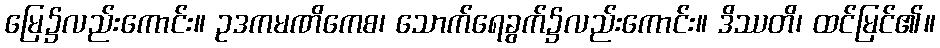
မြေ၌လည်းကောင်း။ ဥဒကမဏိကေစ၊ သောက်ရေခွက်၌လည်းကောင်း။ ဒိဿတိ၊ ထင်မြင်၏။